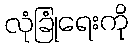
လုံခြုံရေးကို